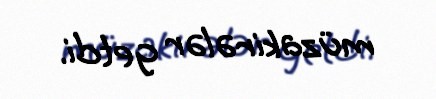
müzakirələr getdi.